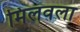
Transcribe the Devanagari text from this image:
मिलवला